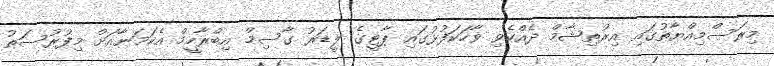
މިރަސްމިއްޔާތުގައި އިރުތިޝާމް ދެއްކެވި ވާހަކަފުޅުގައި ޕާޓީގެ ލީޑަރު ގާސިމް އިބްރާހީމް އެކަަމަނާއަށް މިފުރުސަތު